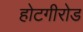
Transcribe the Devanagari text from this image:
होटगीरोड